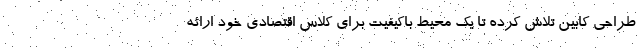
طراحی کابین تلاش کرده تا یک محیط باکیفیت برای کلاس اقتصادی خود ارائه